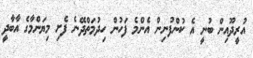
އުރީދޫއިން ބުނީ އެ ކުންފުނިން އެންމެ ފަހުން ހިދުމަތްދޭނެ ފެށި މިޔަންމާގެ އާބާދީ